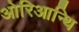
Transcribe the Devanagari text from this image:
ओरिआन्थि